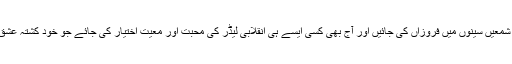
دیارِ عشق کا مسافر بننے کے لئے ضرورت اس امر کی ہے کہ عشقِ مصطفی صلی اللہ علیہ وآلہ وسلم کی شمعیں سینوں میں فروزاں کی جائیں اور آج بھی کسی ایسے ہی انقلابی لیڈر کی محبت اور معیت اختیار کی جائے جو خود کشتہ عشق مصطفی ہو چکا ہے اور اپنی صحبت و تربیت سے ہمیں جذبۂ جہاد سے سرشار فضائے بدر پیدا کر دے۔